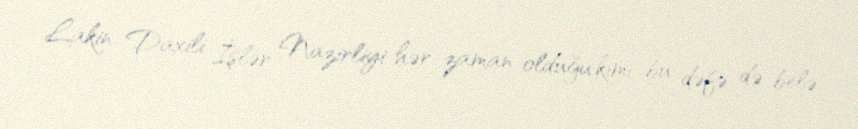
Lakin Daxili İşlər Nazirliyi hər zaman olduğu kimi bu dəfə də belə